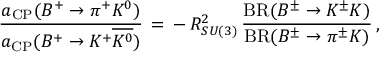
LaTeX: \frac { a _ { \mathrm { C P } } ( B ^ { + } \to \pi ^ { + } K ^ { 0 } ) } { a _ { \mathrm { C P } } ( B ^ { + } \to K ^ { + } \overline { { { K ^ { 0 } } } } ) } \, = \, - \, R _ { S U ( 3 ) } ^ { 2 } \, \frac { \mathrm { B R } ( B ^ { \pm } \to K ^ { \pm } K ) } { \mathrm { B R } ( B ^ { \pm } \to \pi ^ { \pm } K ) } \, ,